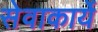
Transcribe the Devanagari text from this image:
सेवाकार्ये